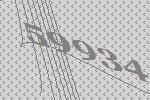
59934